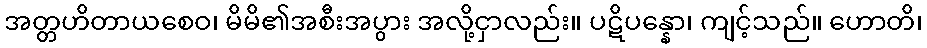
အတ္တဟိတာယစေဝ၊ မိမိ၏အစီးအပွား အလို့ငှာလည်း။ ပဋိပန္နော၊ ကျင့်သည်။ ဟောတိ၊